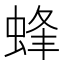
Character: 蜂